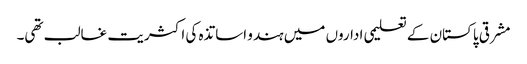
مشرقی پاکستان کے تعلیمی اداروں میں ہندو اساتذہ کی اکثریت غالب تھی۔